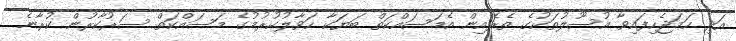
އަދި ހަމަޖެހިފައިވާ އުސޫލުތަކުގެ ތެރެއިން އެމަސައްކަތް ބަޔަކާ ހަވާލުކުރުމުގެ މަސައްކަތް ސަރުކާރުން ކުރާނެ